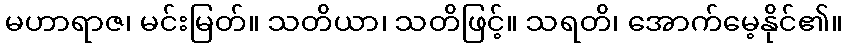
မဟာရာဇ၊ မင်းမြတ်။ သတိယာ၊ သတိဖြင့်။ သရတိ၊ အောက်မေ့နိုင်၏။